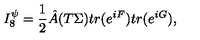
I _ { 8 } ^ { \psi } = { \frac { 1 } { 2 } } { \hat { A } } ( T \Sigma ) t r ( e ^ { i F } ) t r ( e ^ { i G } ) ,